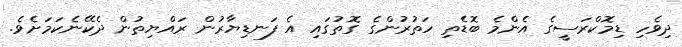
ދިވެހި ޑިމޮކްރަސީގެ އެންމެ ބޮޑެތި ހަތުރުންގެ ގޮތުގައި އެ ފަނޑިޔާރުން ރައްޔިތުން ދެކޭނެކަމަށެވެ.